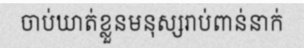
ចាប់ឃាត់ខ្លួនមនុស្សរាប់ពាន់នាក់